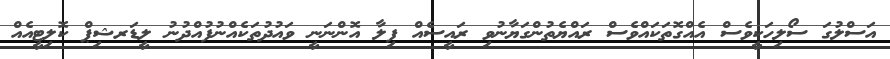
އަސްލުގަ ސޯލިހަކީވެސް އެއްގޮތަކައްވެސް ރައްޔެތުންގަޔާނުވި ރައީސެއް ފިލާ އޮންނަނީ ވައުދުތަކެއްނުފުއްދުނު ލީޑަރޝިޕް ކޮލިޓީއެއް